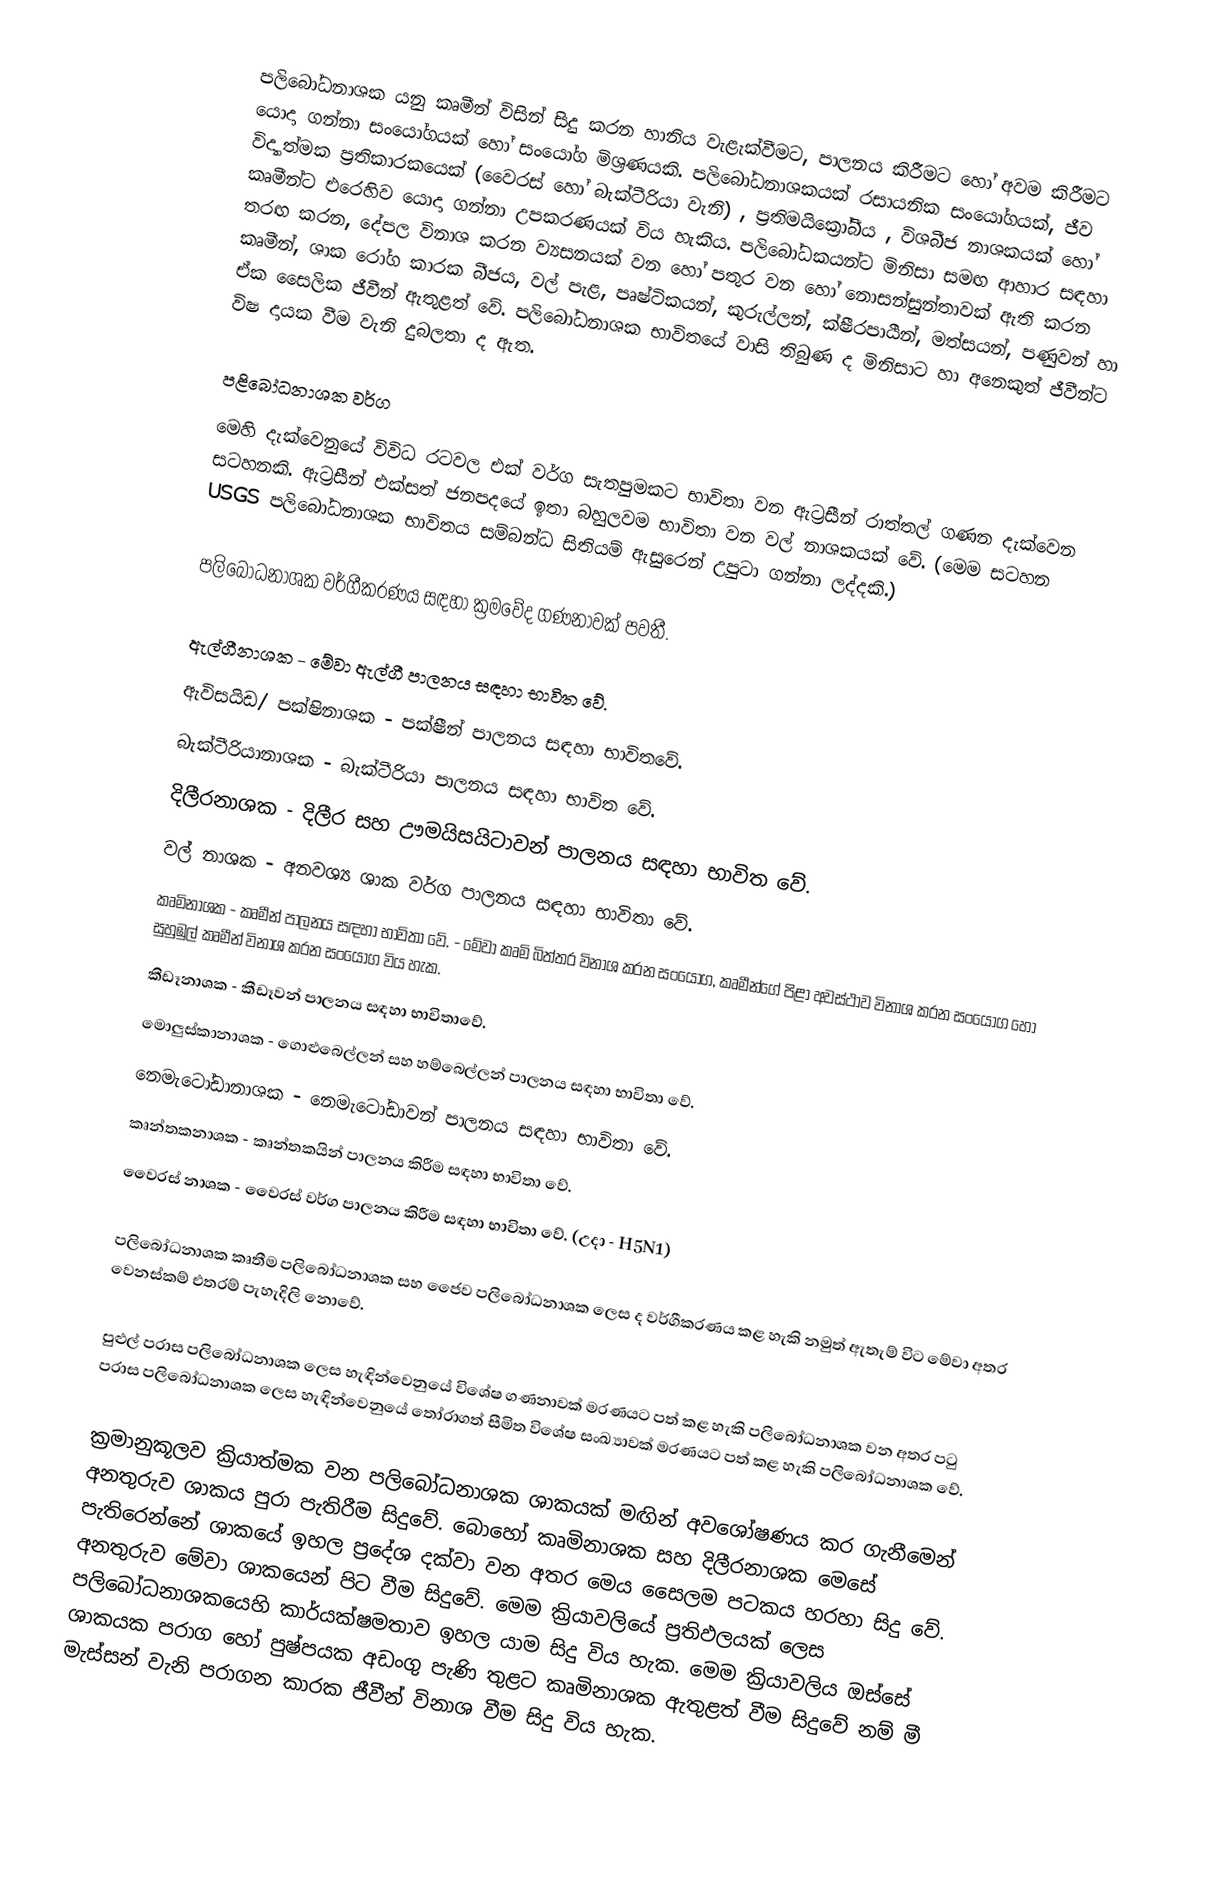
පලිබෝධනාශක යනු කෘමීන් විසින් සිදු කරන හානිය වැළැක්වීමට, පාලනය කිරීමට හෝ අවම කිරීමට යොදා ගන්නා සංයෝගයක් හෝ සංයෝග මිශ්‍රණයකි. පලිබෝධනාශකයක් රසායනික සංයෝගයක්, ජීව විද්‍යාත්මක ප්‍රතිකාරකයෙක් (වෛරස් හෝ බැක්ටීරියා වැනි) , ප්‍රතිමයික්‍රෝබීය , විශබීජ නාශකයක් හෝ කෘමීන්ට එරෙහිව යොදා ගන්නා උපකරණයක් විය හැකිය. පලිබෝධකයන්ට ‍මිනිසා සමඟ ආහාර සඳහා තරඟ කරන, දේපල විනාශ කරන ව්‍යසනයක් වන හෝ පතුර වන හෝ නොසන්සුන්තාවක් ඇති කරන කෘමීන්, ශාක රෝග කාරක බීජය, වල් පැළ, පෘෂ්ටිකයන්, කුරුල්ලන්, ක්ෂීරපායීන්, මත්සයන්, පණුවන් ‍හා ඒක සෛලික ජීවීන්  ඇතුළත් වේ. පලිබෝධනාශක භාවිතයේ වාසි තිබුණ ද මිනිසාට හා අනෙකුත් ජීවීන්ට විෂ දායක වීම වැනි දුබලතා ද ඇත.

පළිබෝධනාශක වර්ග
මෙහි දැක්වෙනුයේ විවිධ රටවල එක් වර්ග සැතපුමකට භාවිතා වන ඇට්‍රසීන් රාත්තල් ගණන දැක්වෙන සටහනකි. ඇට්‍රසීන් එක්සත් ජනපදයේ ඉතා බහුලවම භාවිතා වන වල් නාශකයක් වේ. (මෙම සටහන USGS පලිබෝධනාශක භාවිතය සම්බන්ධ සිතියම් ඇසුරෙන් උපුටා ගන්නා ලද්දකි.)

පලිබෝධනාශක වර්ගීකරණය සඳහා ක්‍රමවේද ගණනාවක් පවතී.

ඇල්ගීනාශක - මේවා ඇල්ගී පාලනය සඳහා භාවිත වේ.
ඇවිසයිඩ/ පක්ෂිනාශක - පක්ෂීන් පාලනය සඳහා භාවිත‍වේ.
බැක්ටීරියානාශක - බැක්ටීරියා පාලනය සඳහා භාවිත වේ.
දිලීරනාශක - දිලීර සහ ඌමයිසයිටාවන් පාලනය සඳහා භාවිත වේ.
වල් නාශක - අනවශ්‍ය ශාක වර්ග පාලනය සඳහා භාවිතා වේ.
කෘමිනාශක - කෘමීන් පාලනය සඳහා භාවිතා වේ. - මේවා කෘමි බිත්තර විනාශ කරන සංයෝග, කෘමීන්ගේ පිළා අවස්ථාව විනාශ කරන සංයෝග හෝ සුහුඹුල් කෘමීන් විනාශ කරන සංයෝග විය හැක.
කීඩෑනාශක - කීඩෑවන් පාලනය සඳහා භාවිතා‍වේ.
මොලුස්කානාශක - ගොළුබෙල්ලන් සහ හම්බෙල්ලන් පාලනය සඳහා භාවිතා වේ.
නෙමැටෝඩානාශක - නෙමැටෝඩාවන් පාලනය සඳහා භාවිතා වේ.
කෘන්තකනාශක - කෘන්තකයින් පාලනය කිරීම සඳහා භාවිතා වේ.
වෛරස් නාශක - වෛරස් වර්ග පාලනය කිරීම සඳහා භාවිතා වේ. (උදා - H5N1)

පලිබෝධනාශක කෘතීම පලිබෝධනාශක සහ ජෛව පලිබෝධනාශක ලෙස ද වර්ගීකරණය කළ හැකි නමුත් ඇතැම් විට මේවා අතර වෙනස්කම් එතරම් පැහැදිලි නොවේ.

පුළුල් පරාස පලිබෝධනාශක ලෙස හැඳින්වෙනුයේ විශේෂ ගණනාවක් මරණයට පත් කළ හැකි පලිබෝධනාශක වන අතර පටු පරාස පලිබෝධනාශක ලෙස හැඳින්වෙනුයේ තෝරාගත් සීමිත විශේෂ සංඛ්‍යාවක් මරණයට පත් කළ හැකි පලිබෝධනාශක වේ.

ක්‍රමානුකූලව ක්‍රියාත්මක වන පලිබෝධනාශක ශාකයක් මඟින් අවශෝෂණය කර ගැනීමෙන් අනතුරුව ශාකය පුරා පැතිරීම සිදුවේ. බොහෝ කෘමිනාශක සහ දිලීරනාශක මෙසේ පැතිරෙන්නේ ශාකයේ ඉහල ප්‍රදේශ දක්වා වන අතර මෙය සෛලම පටකය හරහා සිදු වේ. අනතුරුව මේවා ශාකයෙන් පිට වීම සිදුවේ. මෙම ක්‍රියාවලියේ ප්‍රතිඵලයක් ලෙස පලිබෝධනාශකයෙහි කාර්යක්ෂමතාව ඉහල යාම සිදු විය හැක. මෙම ක්‍රියාවලිය ඔස්සේ ශාකයක පරාග හෝ පුෂ්පයක අඩංගු පැණි තුළට කෘමිනාශක ඇතුළත් වීම සිදුවේ නම් මී මැස්සන් වැනි පරාගන කාරක ජීවීන් විනාශ වීම සිදු විය හැක.